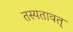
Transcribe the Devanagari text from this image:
तस्यतावत्